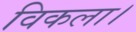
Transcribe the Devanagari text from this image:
विकला।